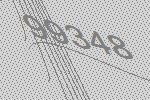
99348